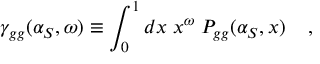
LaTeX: \gamma _ { g g } ( \alpha _ { S } , \omega ) \equiv \int _ { 0 } ^ { 1 } d x \; x ^ { \omega } \; P _ { g g } ( \alpha _ { S } , x ) \; \; \; \; ,